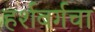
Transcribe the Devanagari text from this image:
हर्शबर्गचा